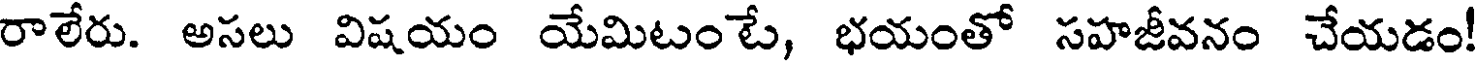
రాలేరు. అసలు విషయం యేమిటంటే, భయంతో సహజీవనం చేయడం!